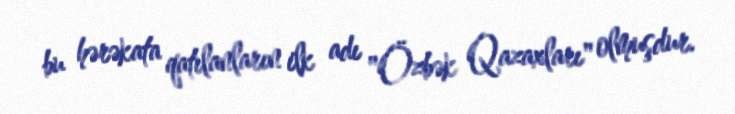
bu hərəkata qatılanların ilk adı "Özbək Qazaxları" olmuşdur.